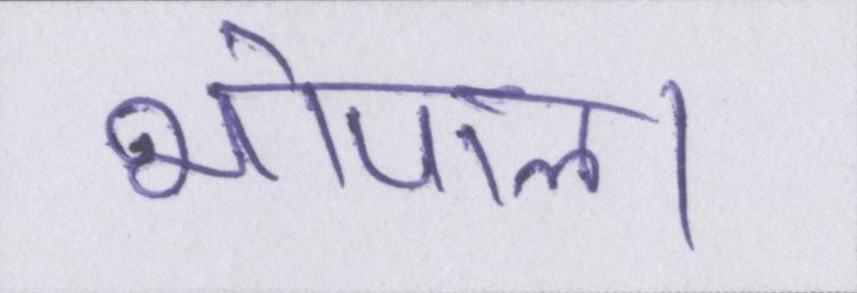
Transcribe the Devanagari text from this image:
भोपाल।